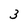
Character: 3